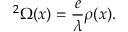
{ \bf \nabla } ^ { 2 } \Omega ( x ) = \frac { e } { \lambda } \rho ( x ) .